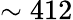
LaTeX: \sim 412